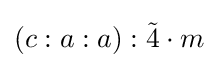
(c:a:a):{\tilde {4}}\cdot m